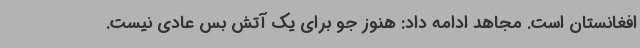
افغانستان است. مجاهد ادامه داد: هنوز جو برای یک آتش بس عادی نیست.